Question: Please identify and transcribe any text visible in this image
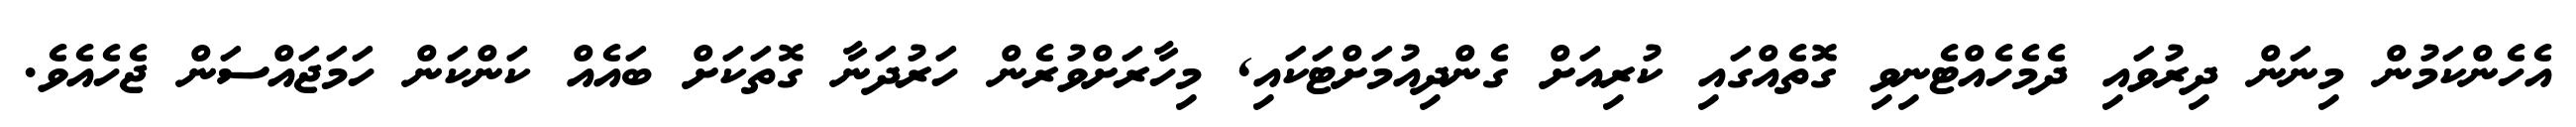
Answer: އެހެންކަމުން މިނަން ދިރުވައި ދެމެހެއްޓެނިވި ގޮތެއްގައި ކުރިއަށް ގެންދިއުމަށްޓަކައި, މިހާރަށްވުރެން ހަރުދަނާ ގޮތަކަށް ބައެއް ކަންކަން ހަމަޖައްސަން ޖެހެއެވެ.